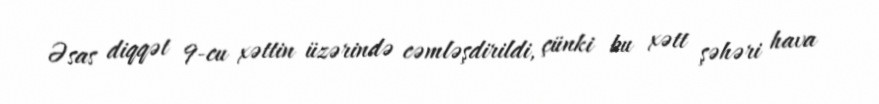
Əsas diqqət 9-cu xəttin üzərində cəmləşdirildi, çünki bu xətt şəhəri hava